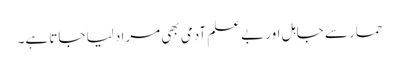
حمار سے جاہل اور بےعلم آدمی بھی مراد لیا جاتا ہے۔